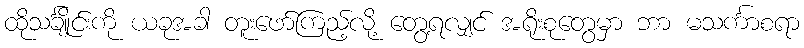
ထိုသင်္ချိုင်းကို ယခုအခါ တူးဖော်ကြည့်လို့ တွေ့ရလျှင် အရိုးစုတွေမှာ ဘာ မသင်္ကာစရာ